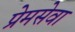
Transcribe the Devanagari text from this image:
प्रेमसेवा